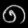
Digit: ၈